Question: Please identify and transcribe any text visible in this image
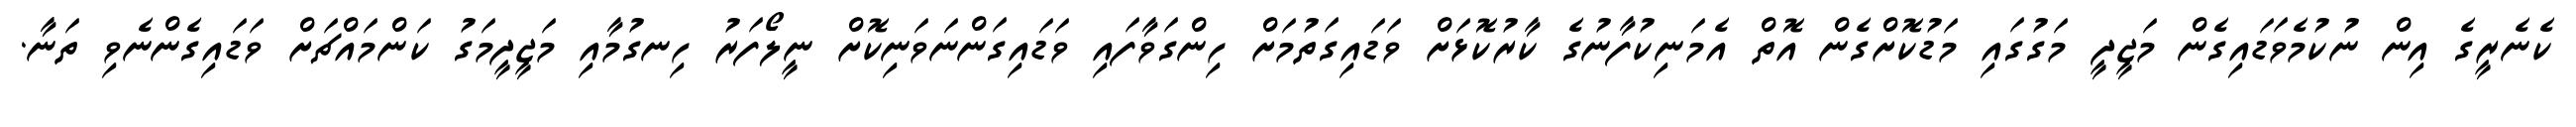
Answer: ކެނެރީގެ އިން ނުކުމެވަޑައިގެން މަޖީދީ މަގުގައި މަޑުކޮށްގެން އޮތް އެމަނިކުފާނުގެ ކާރުކޮޅަށް ވަޑައިގަތުމަށް ހިންގަވާފައި ވަޑައިގަންނަވަނިކޮށް ނީލޯފަރު ހިނގުމާއި މަޖީދީމަގު ކަންމައްޗަށް ވަޑައިގެންނެވި ތަނާ.